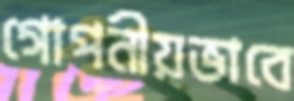
গোপনীয়ভাবে